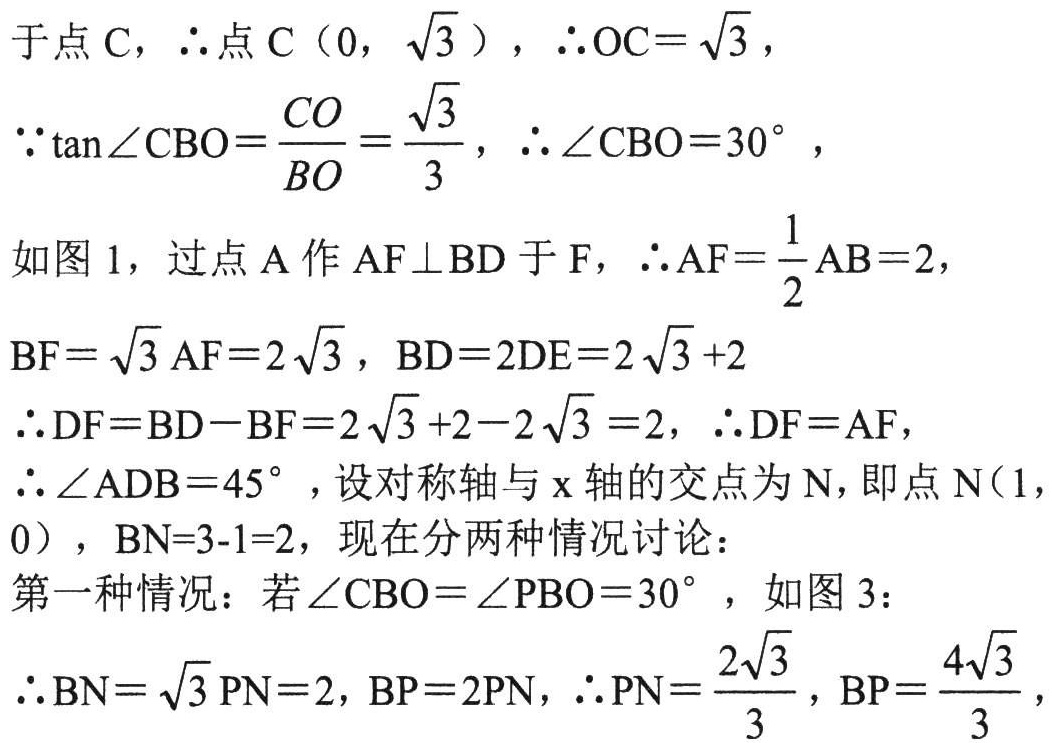
于点\(C\)，\(\therefore\)点\(C(0,\sqrt{3})\)，\(\therefore OC = \sqrt{3}\)，
\(\because\tan\angle CBO=\frac{CO}{BO}=\frac{\sqrt{3}}{3}\)，\(\therefore\angle CBO = 30^{\circ}\)，

如图\(1\)，过点\(A\)作\(AF\perp BD\)于\(F\)，\(\therefore AF=\frac{1}{2}AB = 2\)，
\(BF=\sqrt{3}AF = 2\sqrt{3}\)，\(BD = 2DE=2\sqrt{3}+2\)
\(\therefore DF=BD - BF=2\sqrt{3}+2 - 2\sqrt{3}=2\)，\(\therefore DF = AF\)，
\(\therefore\angle ADB = 45^{\circ}\)，设对称轴与\(x\)轴的交点为\(N\)，即点\(N(1,0)\)，\(BN = 3 - 1 = 2\)，现在分两种情况讨论：
第一种情况：若\(\angle CBO=\angle PBO = 30^{\circ}\)，如图\(3\)：
\(\therefore BN=\sqrt{3}PN = 2\)，\(BP = 2PN\)，\(\therefore PN=\frac{2\sqrt{3}}{3}\)，\(BP=\frac{4\sqrt{3}}{3}\)，